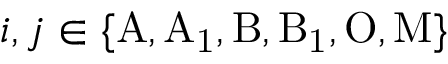
i , j \in \{ \mathrm { A , A _ { 1 } , B , B _ { 1 } , O , M } \}